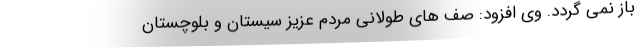
باز نمی گردد. وی افزود: صف های طولانی مردم عزیز سیستان و بلوچستان